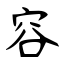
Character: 容